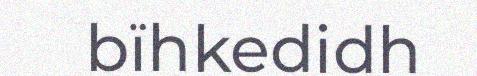
bïhkedidh